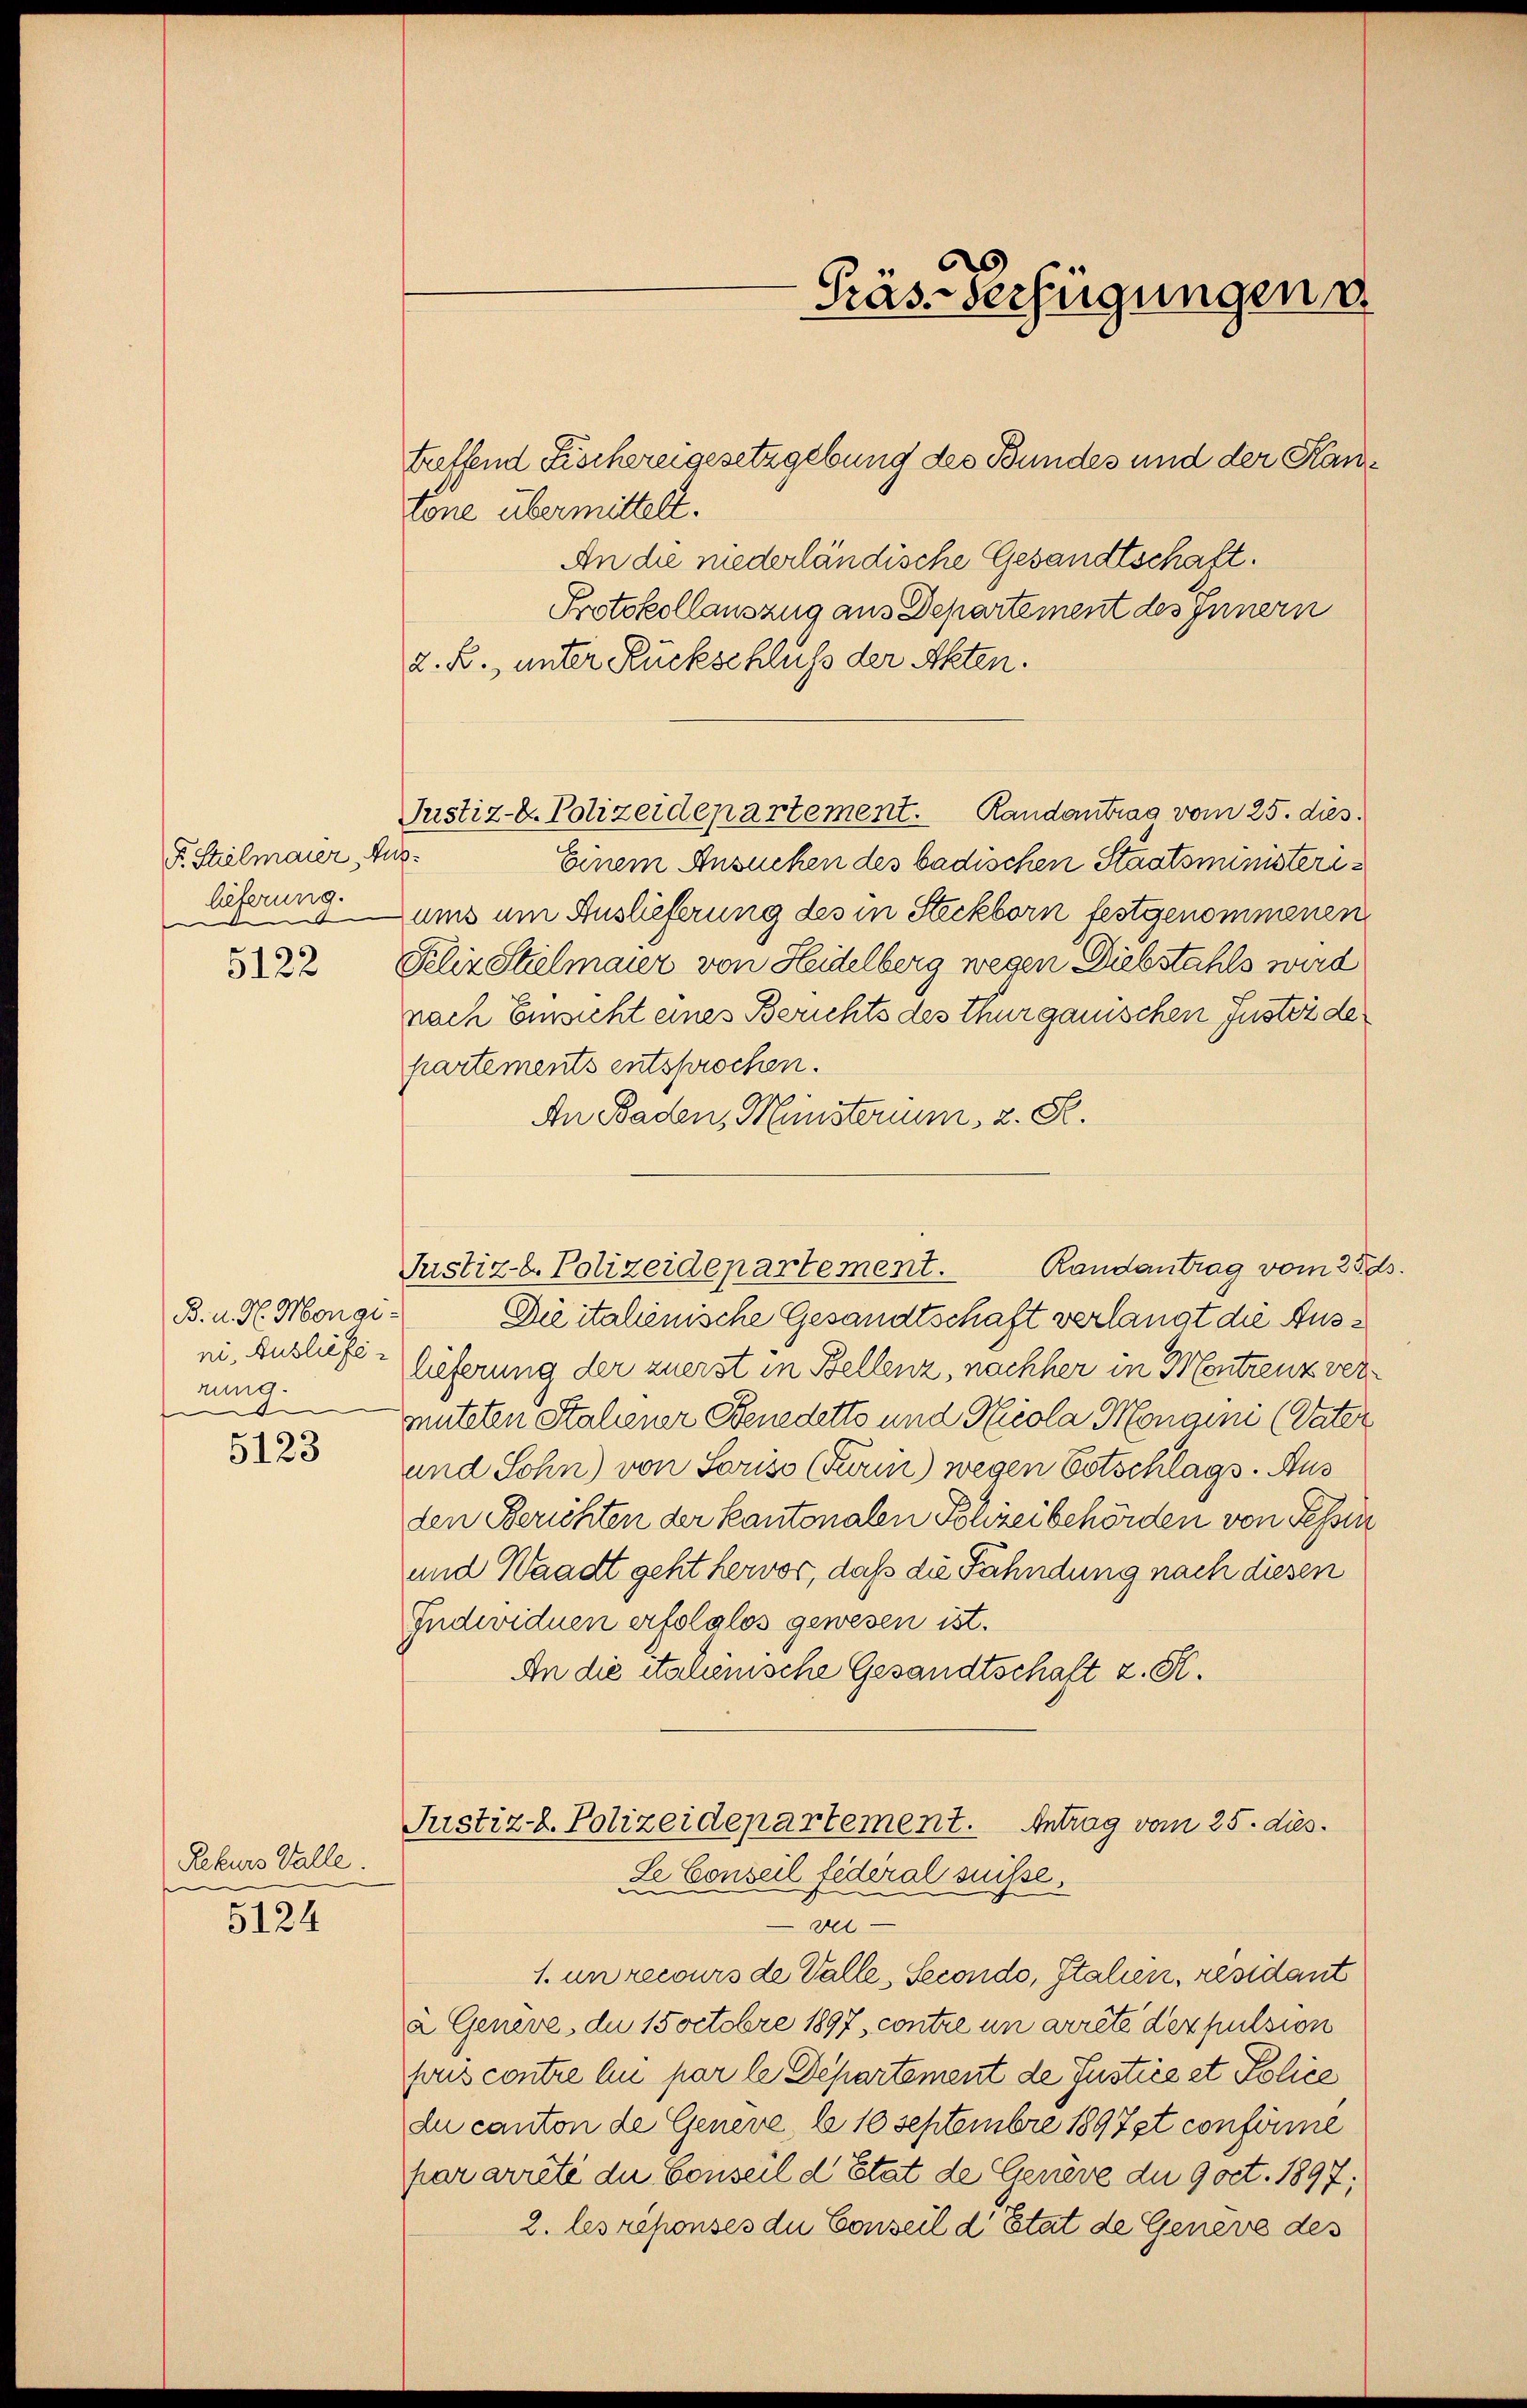
F. Stielmaier, Auslieferung.
e
5122

B. u. H. Mongi
rung.
d
5123

Rekurs Galle.
e
5124

tone übermittelt.
An die niederländische Gesandtschaft.
Protokollauszug aus Departement des Innern
z. B., unter Rückschluß der Akten.
Justiz-C. Polizeidepartement. Randantrag vom 25. dies
Einem Ansuchen des badischen Staatsministeriums am Auslieferung des in Steckborn festgenommenen
Felix Stielmaier von Heidelberg wegen Diebstahls wird
nach Einsicht eines Berichts des Thurgauischen Justizde
partements entsprochen.
An Baden, Münsterium, 2. S.
Randantrag vom 25. ds.
Justiz-C. Polizeidepartement.
Die italienische Gesandtschaft verlangt die Ausei. Ausliefe lieferung der zuerst in Bellenz, nachher in Montrenz vermuteten Staliener Benedetto und Nicola Mongini (Vater
und Sohn) von Soriss (Turin) wegen Eotschlags. Aus
den Berichten der kantonalen Polizeibehörden von Tessin
und Waadt geht hervor, daß die Fahndung nach diesen
Individuen erfolglos gewesen ist.
An die italienische Gesandtschaft z. R.

Präs-Verfügungen

treffend Fischereigesetzgebung des Bundes und der Kan¬

Justiz-L. Polizeidepartement. Antrag vom 25. dies
Le Conseil fédéral suisse.

n
1. un recours de Valle, Secondo, Italien, residant
a Geneve, die 15 octobre 1897, contre in arrête der pulsion
puis contre au par le Departement de Justice et Police
du canton de Geneve, le 10 Septembre 1897st conforme
par arrete die Conseil d’Etat de Genève du qoct. 1897;
2. les réponses du Conseil d’Etat de Geneve des